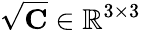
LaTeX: \sqrt{\mathbf C}\in\mathbb R^{3\times 3}